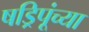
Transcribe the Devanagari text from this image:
षड्रिपूंच्या